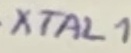
Text: XTAL1